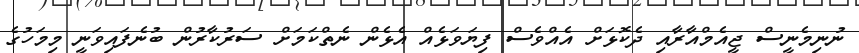
ނުނިމެނީސް ޖީއެމްއާރާއި ދެކޮޅަށް އެއްވެސް ފިޔަވަޅެއް އެޅެން ނެތްކަމަށް ސަރުކާރުން ބުނެފައިވަނީ މިމަހުގެ